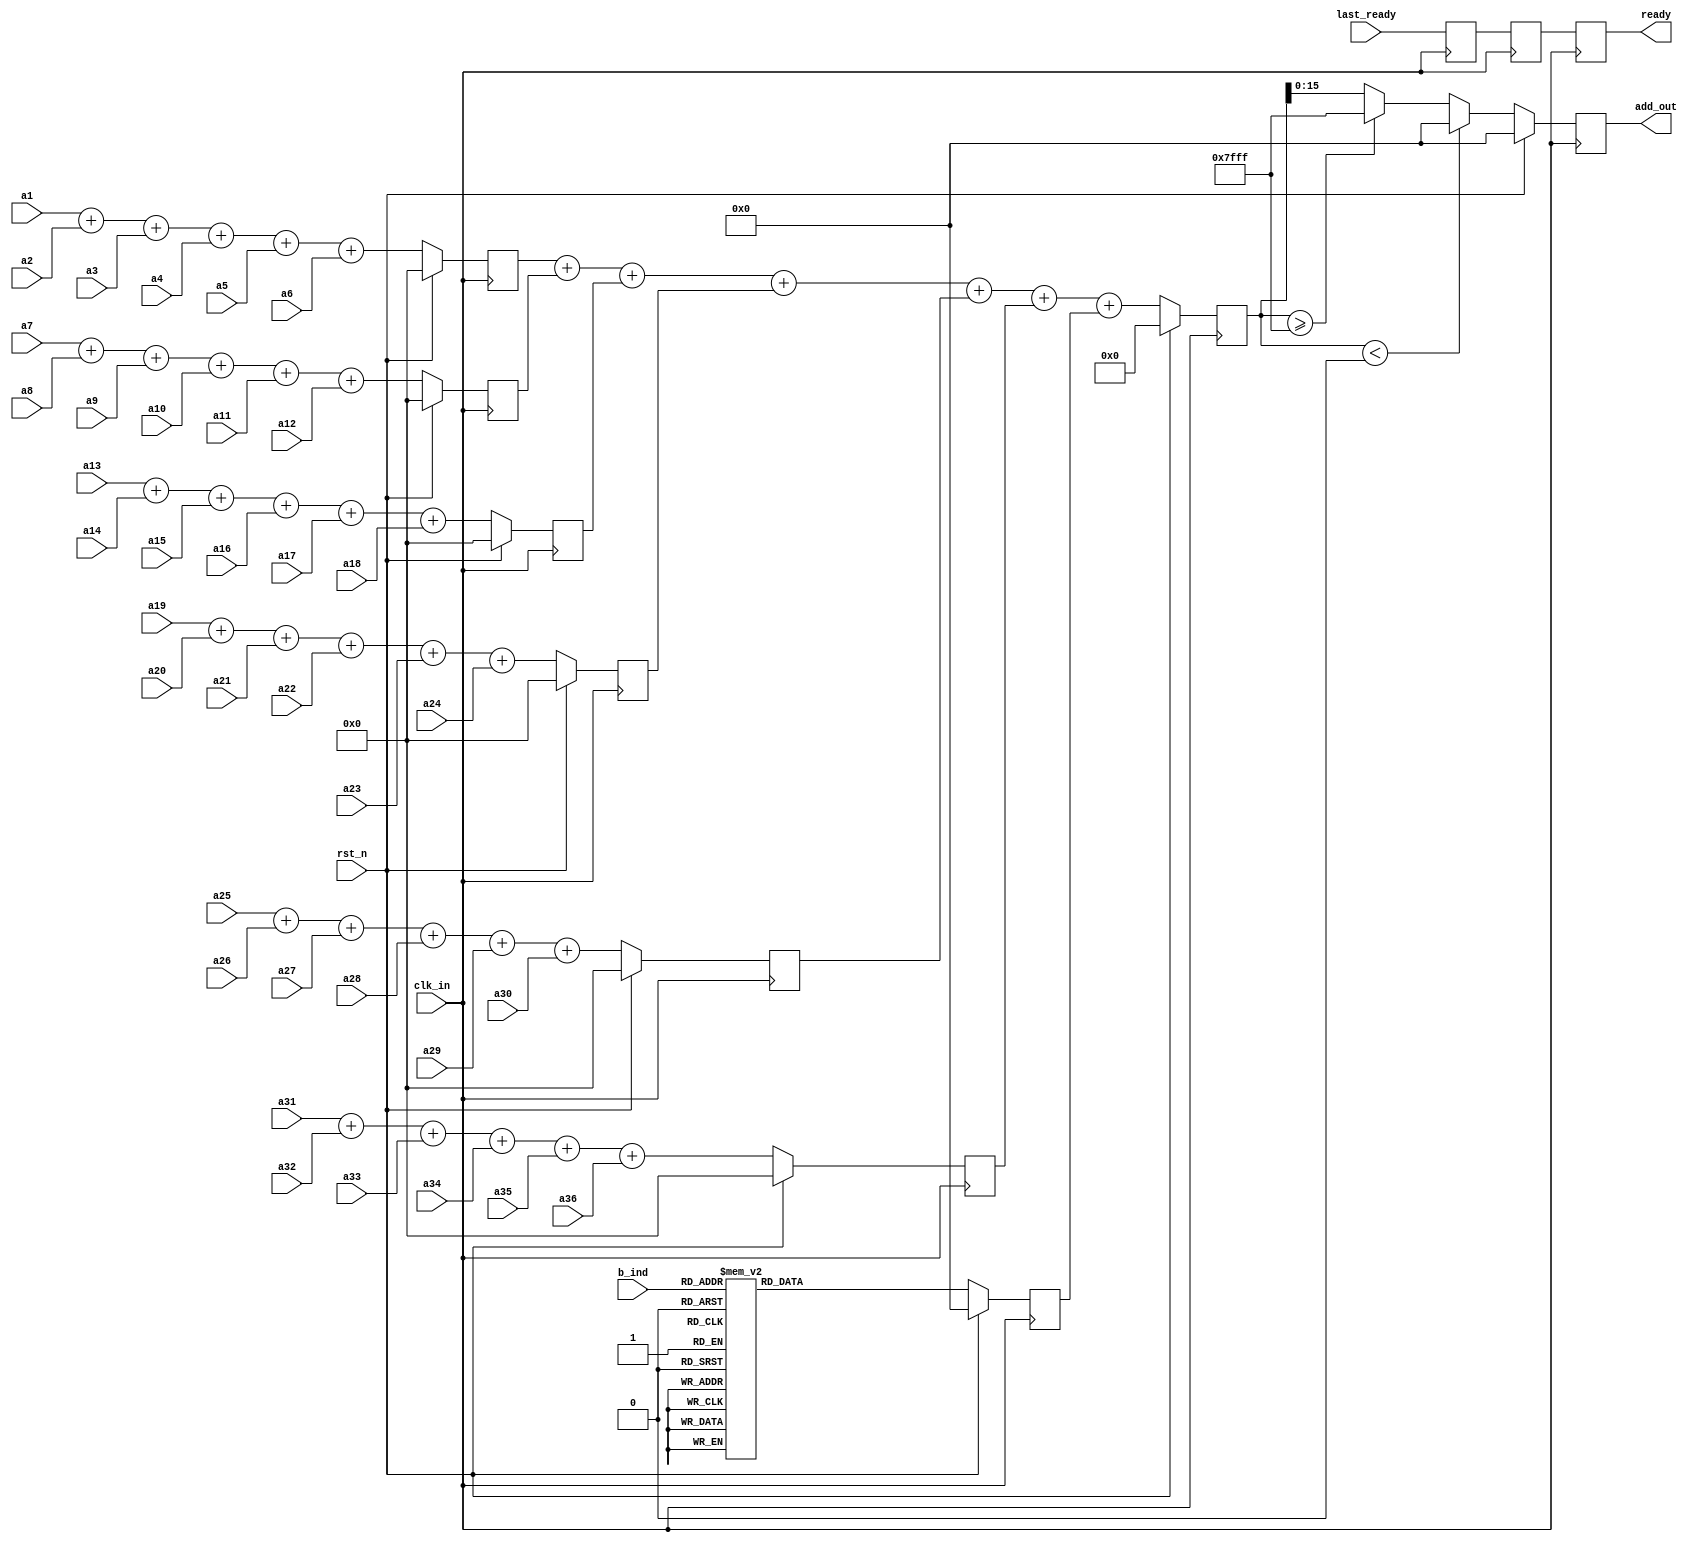
`timescale 1ns / 1ps
//////////////////////////////////////////////////////////////////////////////////
// Company: 
// Engineer: 
// 
// Design Name: 
// Module Name:    conv_adder36 
// Project Name: 
// Target Devices: 
// Tool versions: 
// Description: 
//
// Dependencies: 
//
// Revision: 
// Revision 0.01 - File Created
// Additional Comments: 
//
//////////////////////////////////////////////////////////////////////////////////
module conv_adder36(
   clk_in,
	rst_n,
	a1,	a2,	a3,	a4,	a5,	a6,	a7,	a8,	a9,
	a10,	a11,	a12,	a13,	a14,	a15,	a16,	a17,	a18,
	a19,	a20,	a21,	a22,	a23,	a24,	a25,	a26,	a27,
	a28,	a29,	a30,	a31,	a32,	a33,	a34,	a35,	a36,
	b_ind,
	last_ready,
	add_out,
	ready
   );
	
parameter num_kernel = 1'd0;	//-1	
parameter num_out = 7'd120;	//map

input clk_in;
input rst_n;
input signed [15:0] a1;
input signed [15:0] a2;
input signed [15:0] a3;
input signed [15:0] a4;
input signed [15:0] a5;
input signed [15:0] a6;
input signed [15:0] a7;
input signed [15:0] a8;
input signed [15:0] a9;
input signed [15:0] a10;
input signed [15:0] a11;
input signed [15:0] a12;
input signed [15:0] a13;
input signed [15:0] a14;
input signed [15:0] a15;
input signed [15:0] a16;
input signed [15:0] a17;
input signed [15:0] a18;
input signed [15:0] a19;
input signed [15:0] a20;
input signed [15:0] a21;
input signed [15:0] a22;
input signed [15:0] a23;
input signed [15:0] a24;
input signed [15:0] a25;
input signed [15:0] a26;
input signed [15:0] a27;
input signed [15:0] a28;
input signed [15:0] a29;
input signed [15:0] a30;
input signed [15:0] a31;
input signed [15:0] a32;
input signed [15:0] a33;
input signed [15:0] a34;
input signed [15:0] a35;
input signed [15:0] a36;

input [6:0] b_ind;
input last_ready;
output reg signed [15:0] add_out = 0;
output reg ready = 1;

//
reg signed [20:0] tmp1 = 0;
reg signed [20:0] tmp2 = 0;
reg signed [20:0] tmp3 = 0;
reg signed [20:0] tmp4 = 0;
reg signed [20:0] tmp5 = 0;
reg signed [20:0] tmp6 = 0;
reg signed [25:0] add_out_tmp = 0;

reg signed [15:0] b_in = 0;

reg ready_tmp = 1;
reg ready_tmp2 = 1;

always @ (posedge clk_in)
begin
	if (rst_n)
	begin
		add_out_tmp <= 0;
		add_out <= 0;
		tmp1 <= 0;
		tmp2 <= 0;
		tmp3 <= 0;
		tmp4 <= 0;
		tmp5 <= 0;
		tmp6 <= 0;
	end
	else
	begin
		tmp1 <= a1 + a2 + a3 + a4 + a5 + a6;
		tmp2 <= a7 + a8 + a9 + a10 + a11 + a12;
		tmp3 <= a13 + a14 + a15 + a16 + a17 + a18;
		tmp4 <= a19 + a20 + a21 + a22 + a23 + a24;
		tmp5 <= a25 + a26 + a27 + a28 + a29 + a30;
		tmp6 <= a31 + a32 + a33 + a34 + a35 + a36;
		
		add_out_tmp <= tmp1 + tmp2 + tmp3 + tmp4 + tmp5 + tmp6 + b_in;
		
		if (add_out_tmp < 0)	//
			add_out <= 0;
		else if (add_out_tmp >= 26'sd32767)
			add_out <= 16'sd32767;
		else
			add_out <= add_out_tmp[15:0];
	end
end

always @ (posedge clk_in)
begin
	if (rst_n) 
		b_in <= 0;
	else 
	begin
		case (b_ind)
			0:	b_in <= 352;
			1: 	b_in <= 19;
			2:	b_in <= 65512;
			3:	b_in <= 181;
			4:	b_in <= 65519;
			5: 	b_in <= 444;
			6: 	b_in <= 65514;
			7: 	b_in <= 65517;
			8: 	b_in <= 65022;
			9: 	b_in <= 44;
			10:	b_in <= 65451;
			11:	b_in <= 388;
			12:	b_in <= 65404;
			13:	b_in <= 65510;
			14:	b_in <= 65062;
			15:	b_in <= 19;
			16:	b_in <= 65527;
			17:	b_in <= 65441;
			18:	b_in <= 184;
			19: b_in <= 70;
			20:	b_in <= 345;
			21:	b_in <= 102;
			22:	b_in <= 347;
			23: b_in <= 29;
			24: b_in <= 65522;
			25: b_in <= 65415;
			26: b_in <= 8;
			27: b_in <= 207;
			28: b_in <= 65495;
			29: b_in <= 111;
			30: b_in <= 65523;
			31: b_in <= 85;
			32: b_in <= 65510;
			33: b_in <= 65495;
			34: b_in <= 65392;
			35: b_in <= 487;
			36:	b_in <= 65472;
			37: b_in <= 65339;
			38:	b_in <= 83;
			39:	b_in <= 35;
			40:	b_in <= 12;
			41: b_in <= 122;
			42: b_in <= 65346;
			43: b_in <= 65321;
			44: b_in <= 239;
			45: b_in <= 65469;
			46:	b_in <= 65509;
			47:	b_in <= 65;
			48:	b_in <= 9;
			49:	b_in <= 65492;
			50:	b_in <= 263;
			51:	b_in <= 165;
			52:	b_in <= 65521;
			53:	b_in <= 65471;
			54:	b_in <= 178;
			55: b_in <= 65134;
			56:	b_in <= 65471;
			57:	b_in <= 65209;
			58:	b_in <= 2;
			59: b_in <= 85;
			60: b_in <= 65120;
			61: b_in <= 27;
			62: b_in <= 189;
			63: b_in <= 31;
			64: b_in <= 65376;
			65: b_in <= 595;
			66: b_in <= 65244;
			67: b_in <= 65413;
			68: b_in <= 65318;
			69: b_in <= 65313;
			70: b_in <= 518;
			71: b_in <= 30;
			72:	b_in <= 361;
			73: b_in <= 65244;
			74:	b_in <= 43;
			75:	b_in <= 65495;
			76:	b_in <= 958;
			77: b_in <= 65450;
			78: b_in <= 77;
			79: b_in <= 507;
			80: b_in <= 65512;
			81: b_in <= 227;
			82:	b_in <= 65510;
			83:	b_in <= 65463;
			84:	b_in <= 65392;
			85:	b_in <= 68;
			86:	b_in <= 65128;
			87:	b_in <= 65115;
			88:	b_in <= 65454;
			89:	b_in <= 65522;
			90:	b_in <= 65526;
			91: b_in <= 65402;
			92:	b_in <= 65525;
			93:	b_in <= 594;
			94:	b_in <= 0;
			95: b_in <= 65420;
			96: b_in <= 35;
			97: b_in <= 65523;
			98: b_in <= 65092;
			99: b_in <= 46;
			100: b_in <= 65524;
			101: b_in <= 65382;
			102: b_in <= 238;
			103: b_in <= 65403;
			104: b_in <= 65529;
			105: b_in <= 136;
			106: b_in <= 65495;
			107: b_in <= 65001;
			108: b_in <= 65531;
			109: b_in <= 65526;
			110: b_in <= 22;
			111: b_in <= 635;
			112: b_in <= 47;
			113: b_in <= 65490;
			114: b_in <= 65292;
			115: b_in <= 173;
			116: b_in <= 57;
			117: b_in <= 213;
			118: b_in <= 36;
			119: b_in <= 495;
			default: b_in <= 0;
		endcase
	end
end

always @ (posedge clk_in)
begin
	ready_tmp <= last_ready;
	ready_tmp2 <= ready_tmp;
	ready <= ready_tmp2;	
end
	
endmodule